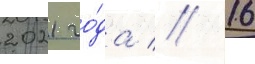
2021 го́да // 16